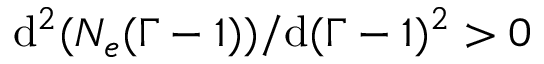
\mathrm { d } ^ { 2 } ( N _ { e } ( \Gamma - 1 ) ) / \mathrm { d } ( \Gamma - 1 ) ^ { 2 } > 0